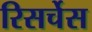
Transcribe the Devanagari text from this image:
रिसर्चेस